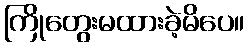
ကြိုတွေးမထားခဲ့မိပေ။